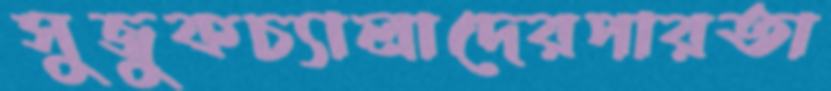
সুজুকচ্যালাদেরপারতা